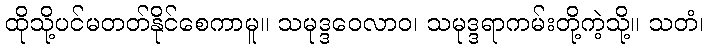
ထိုသို့ပင်မတတ်နိုင်စေကာမူ။ သမုဒ္ဒဝေလာဝ၊ သမုဒ္ဒရာကမ်းတို့ကဲ့သို့။ သတံ၊